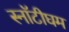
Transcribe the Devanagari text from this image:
स्नॉटीघम